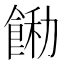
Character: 𩛵